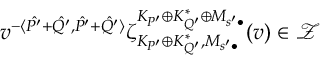
v ^ { - \langle \hat { P ^ { \prime } } + \hat { Q ^ { \prime } } , \hat { P ^ { \prime } } + \hat { Q ^ { \prime } } \rangle } \zeta _ { K _ { P ^ { \prime } } \oplus K _ { Q ^ { \prime } } ^ { * } , M _ { s ^ { \prime } \bullet } } ^ { K _ { P ^ { \prime } } \oplus K _ { Q ^ { \prime } } ^ { * } \oplus M _ { s ^ { \prime } \bullet } } ( v ) \in { \mathcal Z }